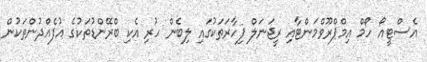
އެސްޓީއޯ ހޯމް އިމްޕްރޫވްމަންޓާއި ރީޖަނަލް ފިހާރަތަކުގައި ލިބެން ހުރި އެކި ބްރޭންޑުތަކުގެ އުފެއްދުންތަކުން